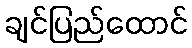
ချင်ပြည်ထောင်